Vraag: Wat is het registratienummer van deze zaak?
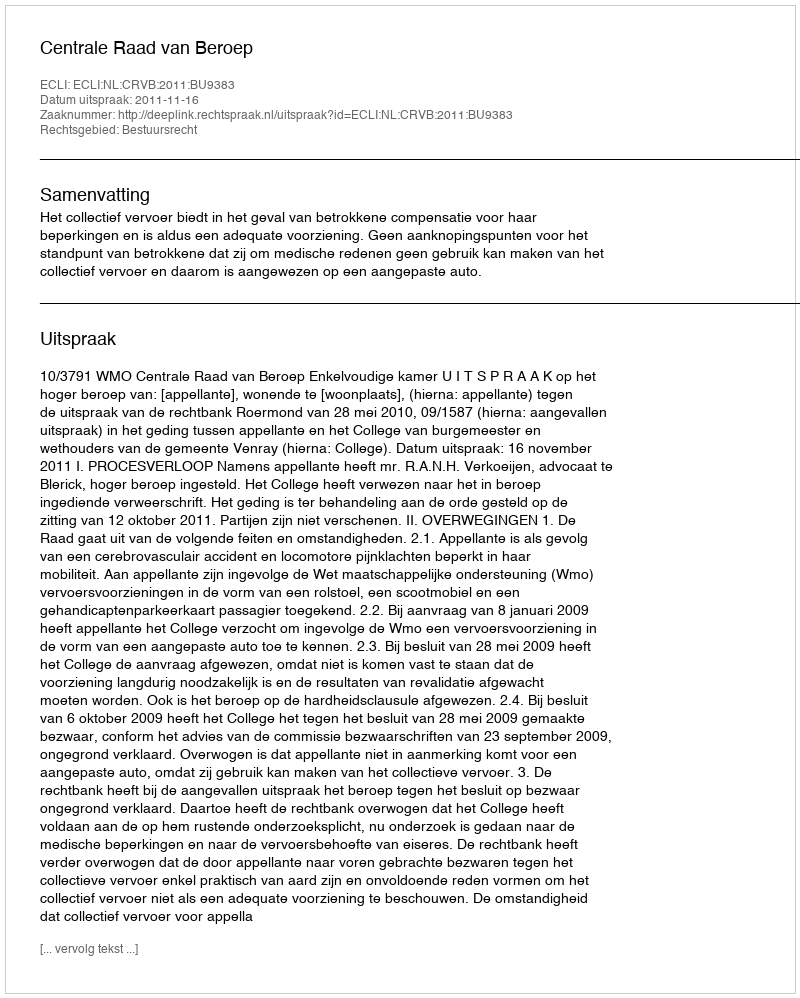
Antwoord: http://deeplink.rechtspraak.nl/uitspraak?id=ECLI:NL:CRVB:2011:BU9383